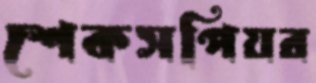
শেকসপিয়র